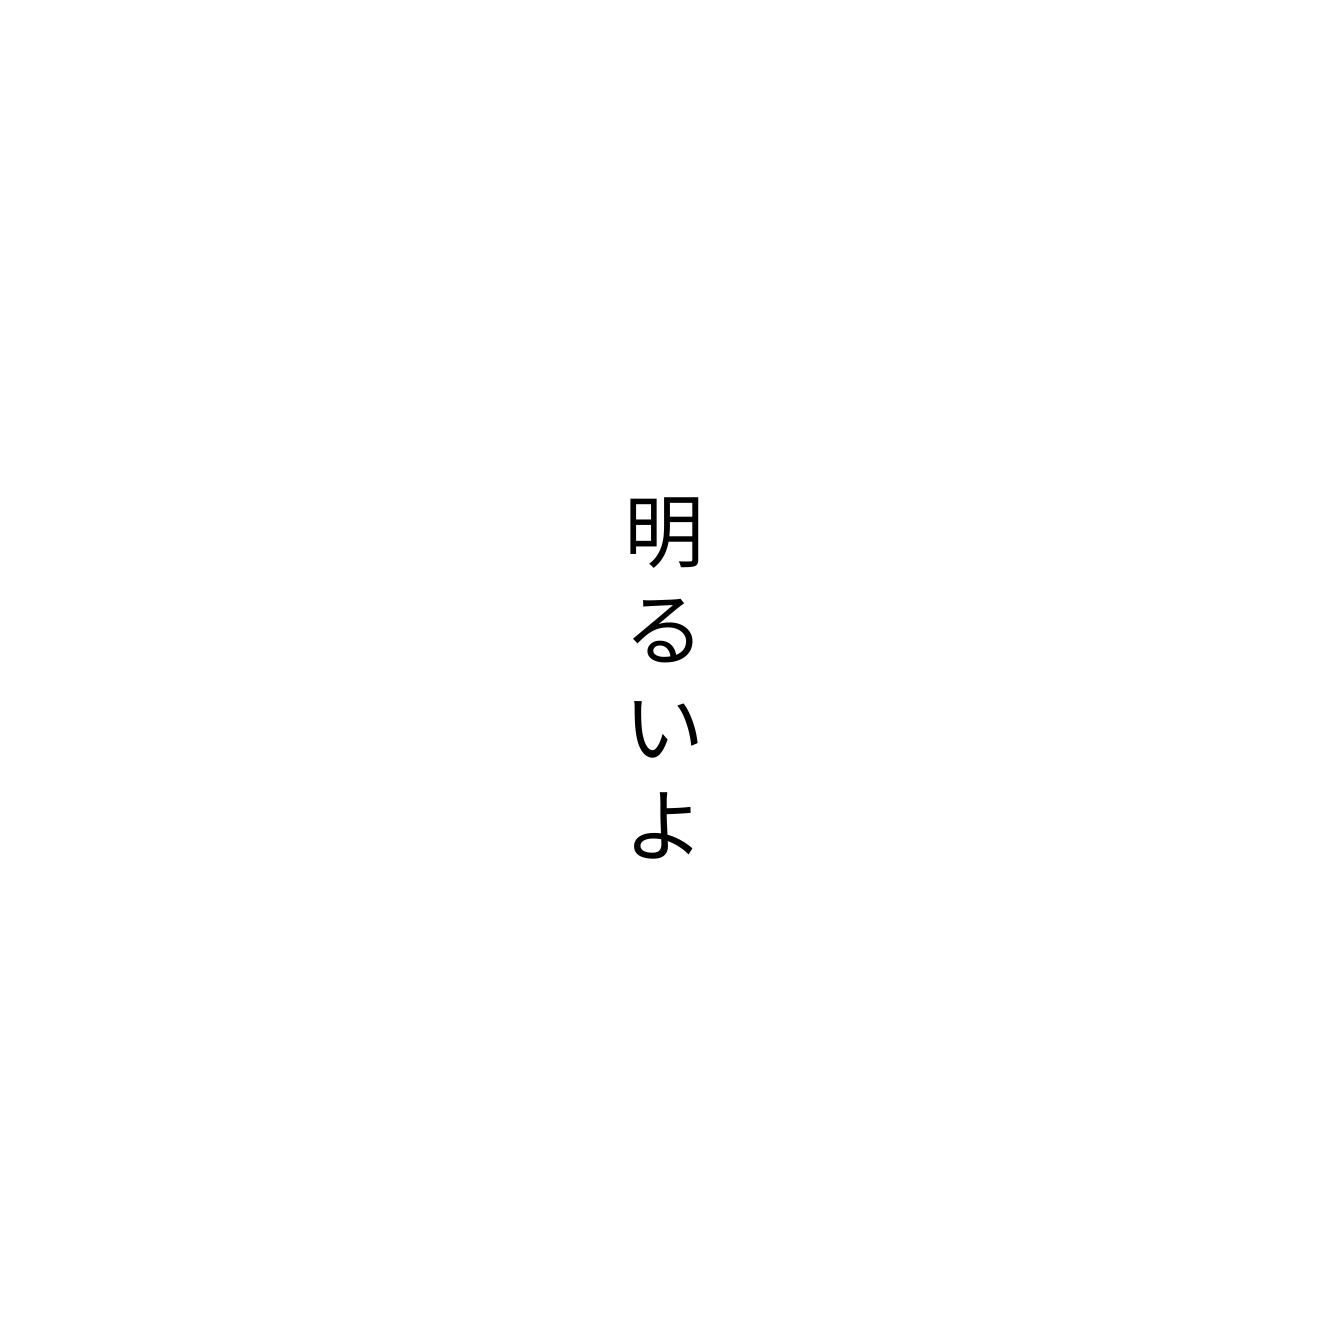
明るいよ